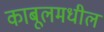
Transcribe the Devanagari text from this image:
काबूलमधील